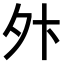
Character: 𫝢